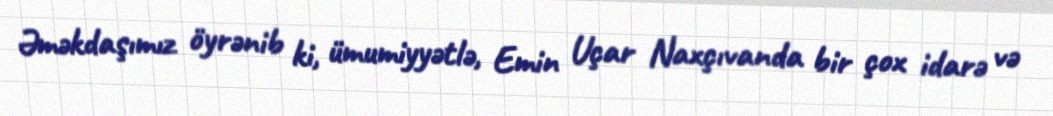
Əməkdaşımız öyrənib ki, ümumiyyətlə, Emin Uçar Naxçıvanda bir çox idarə və